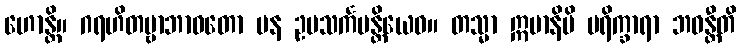
ဟောန္တိ။ ဂရဟိတဗ္ဗာဘာဝတော ပန ဥပသင်္ကမန္တိယေဝ။ တသ္မာ ဣမာနိပိ ပရိက္ခာရာ ဘဝန္တီတိ